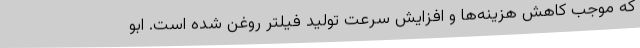
که موجب کاهش هزینه‌ها و افزایش سرعت تولید فیلتر روغن شده است. ابو